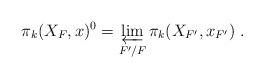
LaTeX: \begin{align*}\pi_k (X_F , x)^0 = \varprojlim_{F' / F} \pi_k (X_{F'} , x_{F'}) \; .\end{align*}